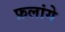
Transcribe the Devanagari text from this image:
फ़लांगे